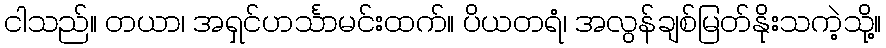
ငါသည်။ တယာ၊ အရှင်ဟင်္သာမင်းထက်။ ပိယတရံ၊ အလွန်ချစ်မြတ်နိုးသကဲ့သို့။